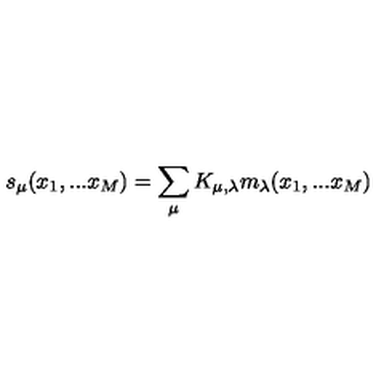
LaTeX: s _ { \mu } ( x _ { 1 } , . . . x _ { M } ) = \sum _ { \mu } K _ { \mu , \lambda } m _ { \lambda } ( x _ { 1 } , . . . x _ { M } )